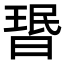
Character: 𬁂